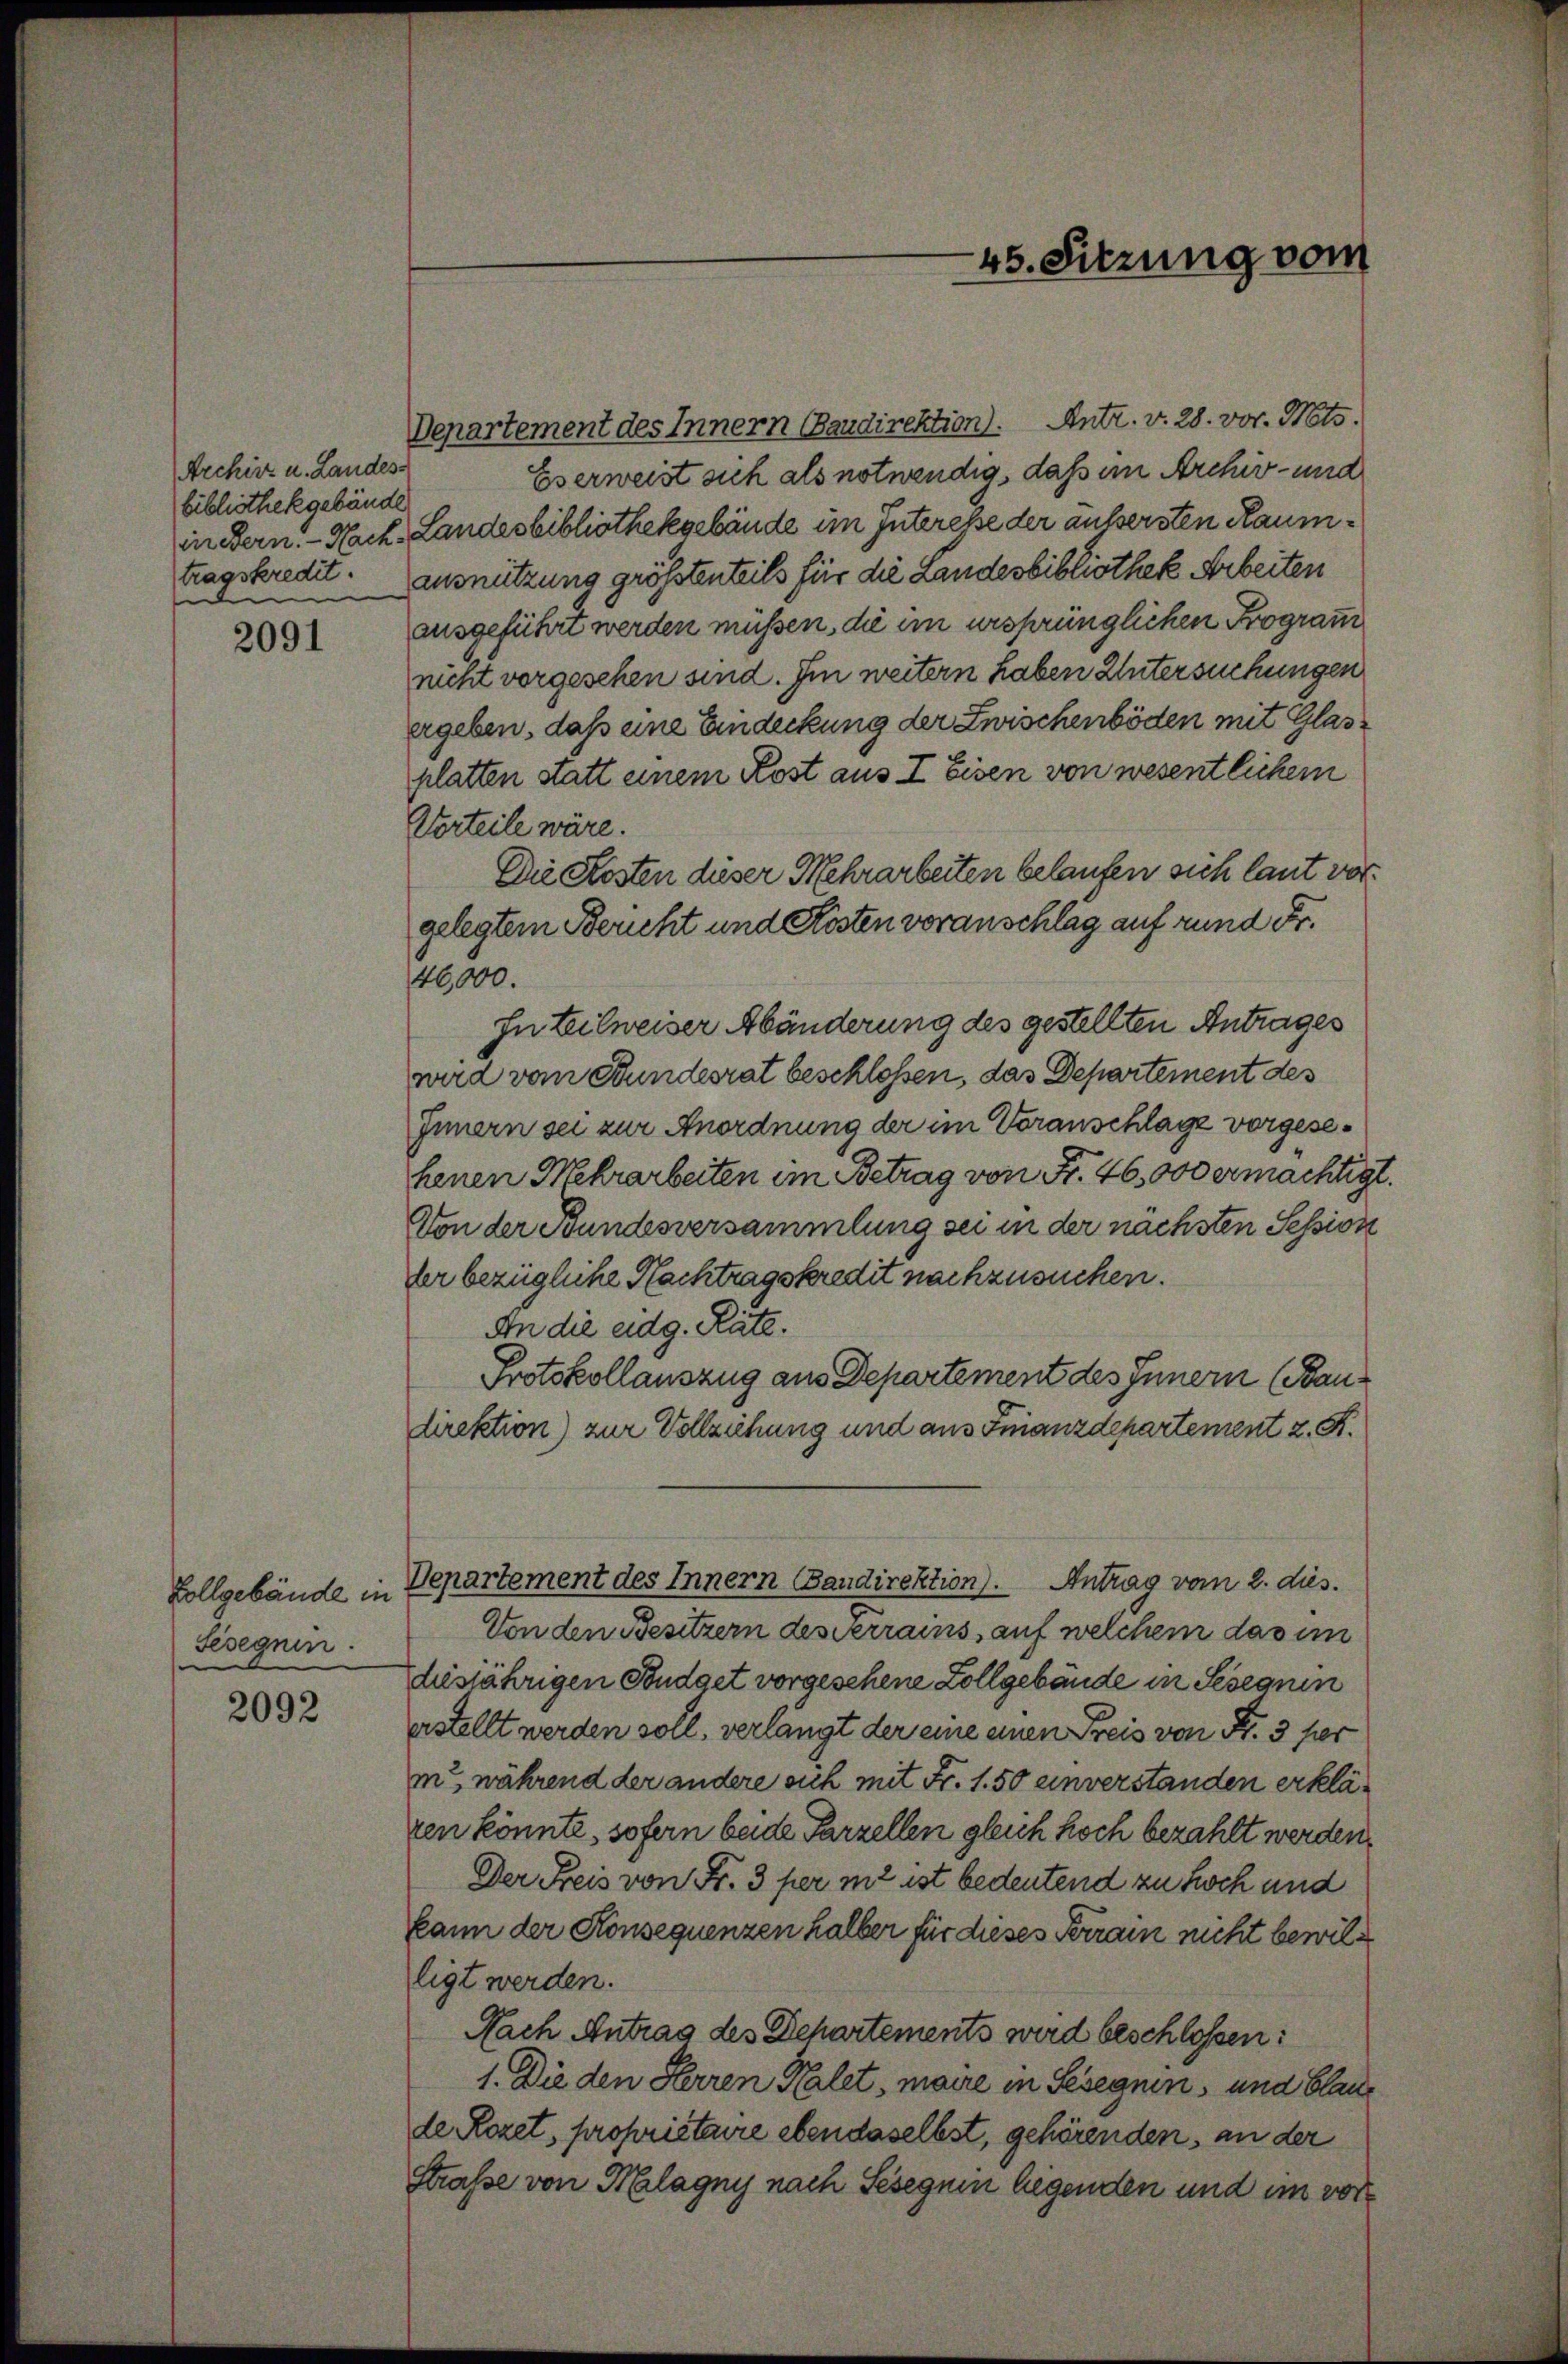
Archirr u. Landes
bibliothekgebäude
tragskredit.

2091

Vollgebäude in
Sesegnen.

2092

Departement des Innern Baudirektion). Antr. v. 28. vor. Nots.
Eserweist sich als notwendig, daß im Archiv- und
in Bern. Nach- Landesbibliothekgebäude im Interesse der äussersten Raumausnutzung größtenteils für die Landesbibliothek Arbeiten
ausgeführt werden müßen, die im ursprünglichen Program
nicht vorgesehen sind. Im weitern haben Untersuchungen
ergeben, daß eine Eindeckung der Zwischenböden mit Glasplatten statt einem Kost aus I Eisen von wesentlichem
Vorteile wäre.
Die Kosten dieser Mehrarbeiten belaufen sich laut vorgelegtem Bericht und Kosten voranschlag auf rund Fr.
46,000.
In teilweiser Abänderung des gestellten Antrages
wird vom Bundesrat beschlossen, das Departement des
Innern sei zur Anordnung der im Voranschlage vorgesehenen Mehrarbeiten im Betrag von Fr. 46, 000 ermächtigt.
Von der Bundesversammlung sei in der nächsten Session
der bezügliche Nachtragskredit nachzusuchen.
An die eidg. Räte.
Protokollauszug aus Departement des Innern (Baudirektion) zur Vollziehung und aus Finanzdepartement z. R.
Departement des Innern Bandirektion). Antrag vom 2. dies.
Von den Besitzern desserrains, auf welchem das im
dösjährigen Fondget vorgesehene Zollgebäude in Seseguin
erstellt werden soll, verlangt der eine einen Preis von Fr. 3 per
m während der andere sich mit Fr. 1.50 einverstanden erklären könnte, sofern beide Parzellen gleich hoch bezahlt werden,
Der Freis von Fr. 3 per m2 ist bedeutend zu hoch und
kann der Konsequenzen halber für dieses Terrain nicht bewilligt werden.
Nach Antrag des Departements wird beschlossen:
1. Die den Herren Kalet, maire in Seseguin, und Blaude Rozet, propriétaire ebendaselbst, gehörenden, an der
Straße von Klagny nach Seseguin liegenden und im vor

45. Sitzung vom